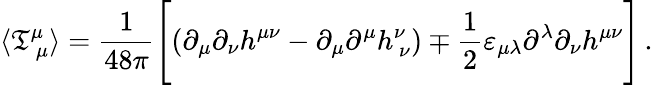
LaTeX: \langle\mathfrak{T}_{\ \mu}^{\mu}\rangle=\frac{{1}}{{48\pi}}\Biggl[\left(\partial_{\mu}\partial_{\nu}h^{\mu\nu}-\partial_{\mu}\partial^{\mu}h_{\ \nu}^{\nu}\right)\mp\frac{{1}}{{2}}\varepsilon_{\mu\lambda}\partial^{\lambda}\partial_{\nu}h^{\mu\nu}\Biggr]\, .